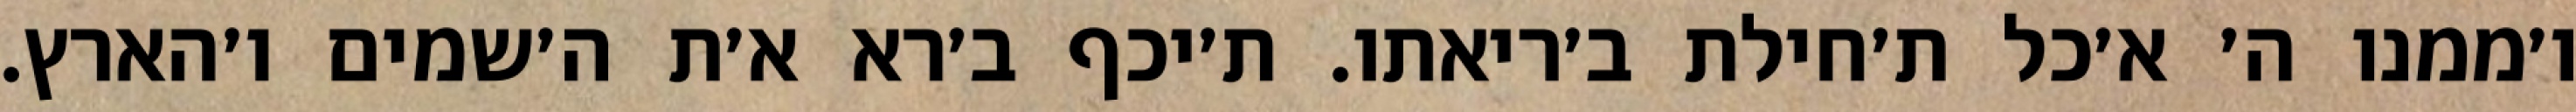
ו׳ממנו ה׳ א׳כל ת׳חילת ב׳ריאתו. ת׳יכף ב׳רא א׳ת ה׳שמים ו׳הארץ.